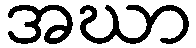
အဃာ